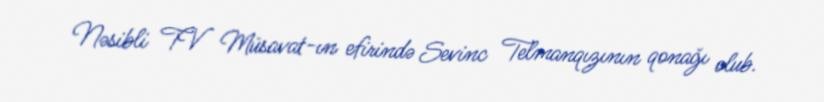
Nəsibli TV Müsavat-ın efirində Sevinc Telmanqızının qonağı olub.